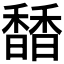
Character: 𩡐